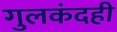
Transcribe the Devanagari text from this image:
गुलकंदही